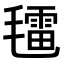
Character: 𣰑